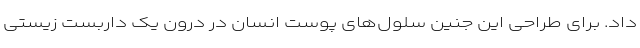
داد. برای طراحی این جنین سلول‌های پوست انسان در درون یک داربست زیستی